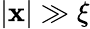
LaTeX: |\mathbf{x}|\gg\xi